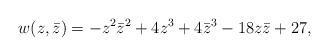
LaTeX: \begin{align*}w(z,\bar z)=-z^2\bar z^2+4z^3+4\bar z^3-18z\bar z+27,\end{align*}